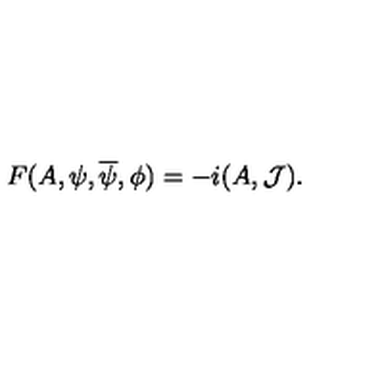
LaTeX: F ( A , \psi , \overline { \psi } , \phi ) = - i ( A , { \cal J } ) .